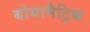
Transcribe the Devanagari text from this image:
बोयामैट्रिक